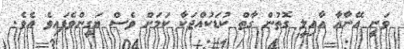
ވަނީ އޭނާއާ އާއިލީ ގޮތުން ގާތް ކުޑަކުއްޖަކާ ކަމަށް ވެސް ޔަގީންވެފައިވެ އެވެ.